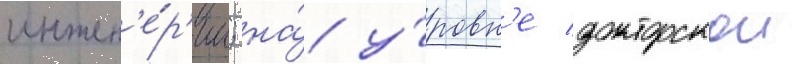
инжен'е́р'ии; на́ у́ровн'е докторскои